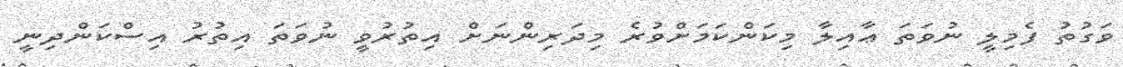
ވަގުތު ފެމިލީ ނުވަތަ ޢާއިލާ މިކަންކަމަށްވުރެ މިދަރިންނަށް އިތުރުވީ ނުވަތަ އިތުރު އިސްކަންދިނީ